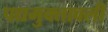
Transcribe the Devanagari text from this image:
पद्यमुक्तावली